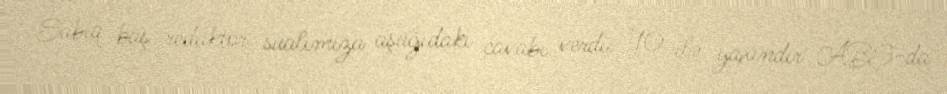
Sabiq baş redaktor sualımıza aşağıdakı cavabı verdi: "10 ilə yaxındır ABŞ-da